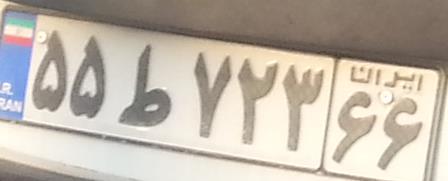
۵۵ط۷۲۳۶۶